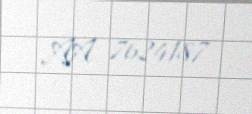
AA 7624187